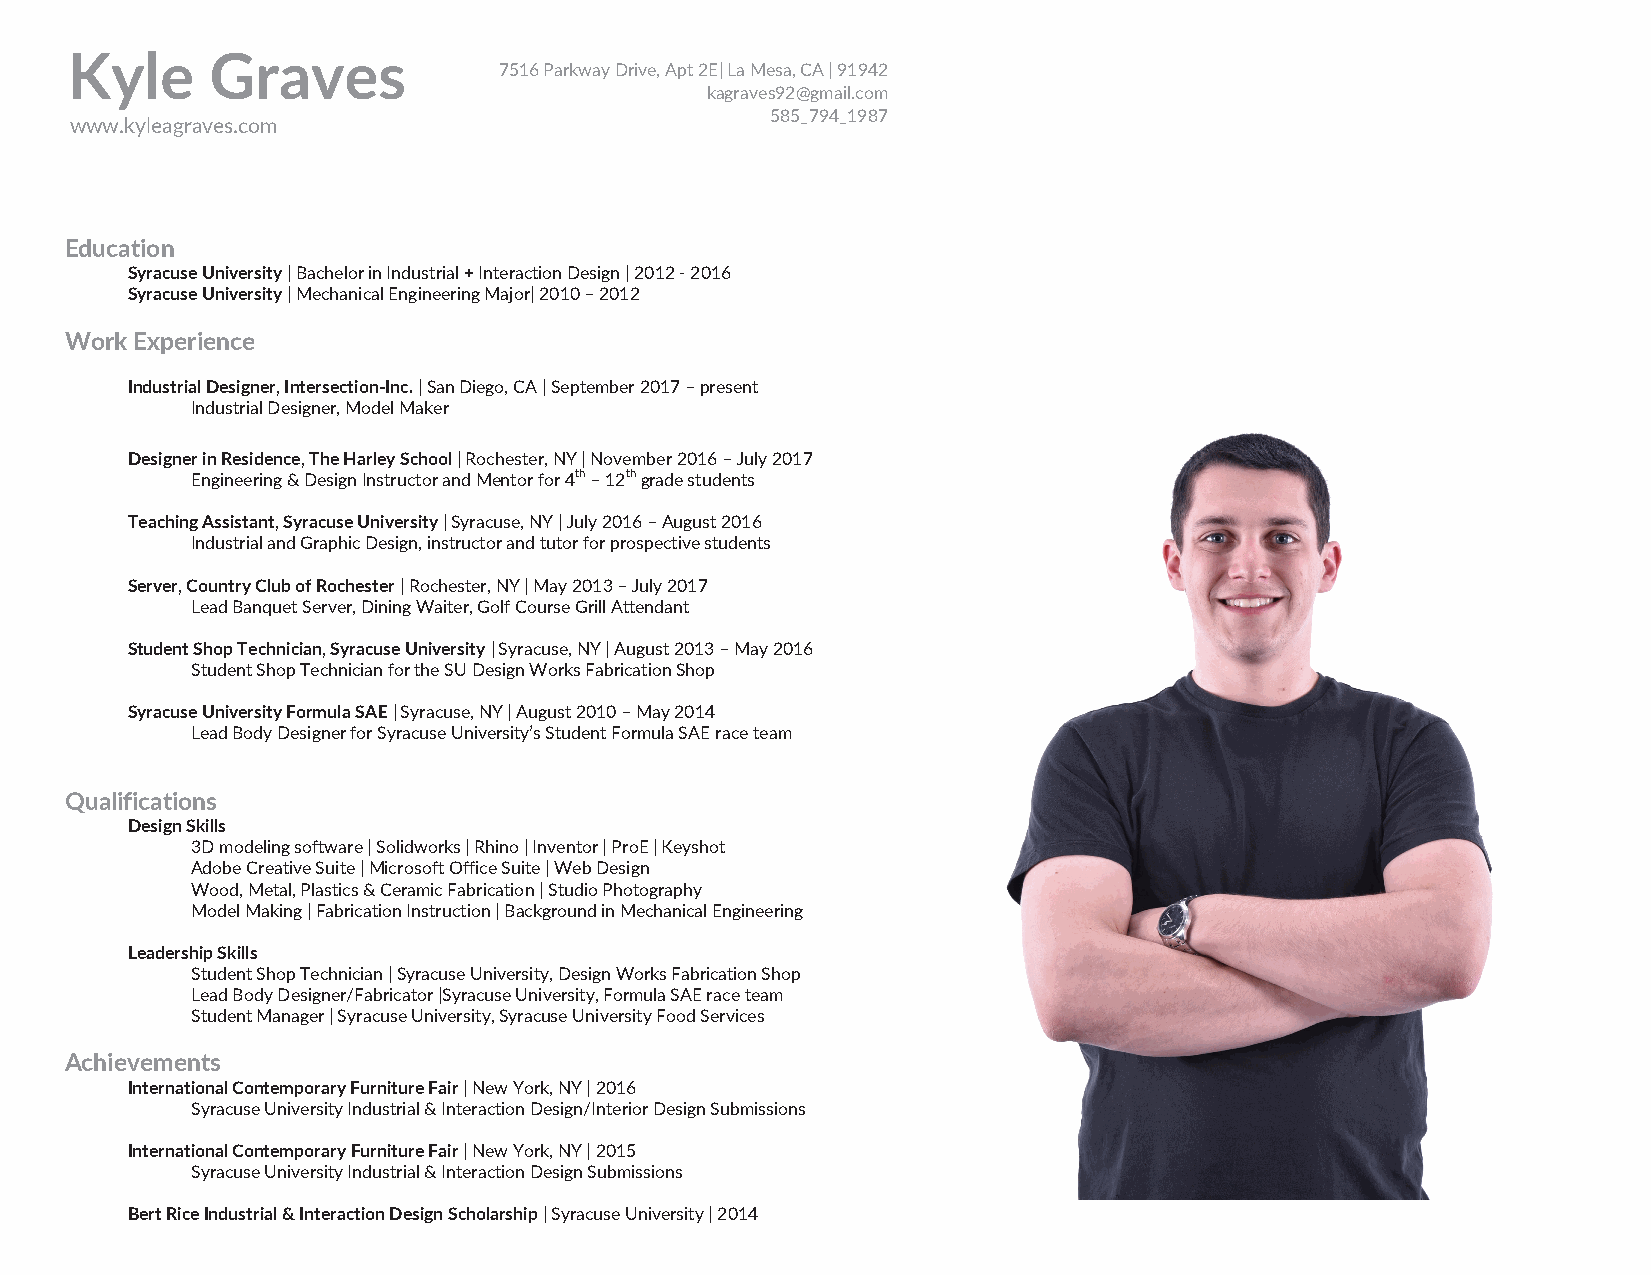
Kyle      Graves
 7516 Parkway Drive, Apt 2E| La Mesa, CA | 91942
 kagraves92@gmail.com
 585_794_1987
 www.kyleagraves.com
 Education
 Syracuse University | Bachelor in Industrial + Interaction Design | 2012 - 2016
 Syracuse University | Mechanical Engineering Major| 2010 – 2012
 Work Experience
 Industrial Designer, Intersection-Inc. | San Diego, CA | September 2017 – present
 Industrial Designer, Model Maker
 Designer in Residence, The Harley School | Rochester, NY | November 2016 – July 2017
 Engineering & Design Instructor and Mentor for 4th – 12th grade students
 Teaching Assistant, Syracuse University | Syracuse, NY | July 2016 – August 2016
 Industrial and Graphic Design, instructor and tutor for prospective students
 Server, Country Club of Rochester | Rochester, NY | May 2013 – July 2017
 Lead Banquet Server, Dining Waiter, Golf Course Grill Attendant
 Student Shop Technician, Syracuse University | Syracuse, NY | August 2013 – May 2016
 Student Shop Technician for the SU Design Works Fabrication Shop
 Syracuse University Formula SAE | Syracuse, NY | August 2010 – May 2014
 Lead Body Designer for Syracuse University’s Student Formula SAE race team
 Qualifications
 Design Skills
 3D modeling software | Solidworks | Rhino | Inventor | ProE | Keyshot
 Adobe Creative Suite | Microsoft Office Suite | Web Design
 Wood, Metal, Plastics & Ceramic Fabrication | Studio Photography
 Model Making | Fabrication Instruction | Background in Mechanical Engineering
 Leadership Skills
 Student Shop Technician | Syracuse University, Design Works Fabrication Shop
 Lead Body Designer/Fabricator |Syracuse University, Formula SAE race team
 Student Manager | Syracuse University, Syracuse University Food Services
 Achievements
 International Contemporary Furniture Fair | New York, NY | 2016
 Syracuse University Industrial & Interaction Design/Interior Design Submissions
 International Contemporary Furniture Fair | New York, NY | 2015
 Syracuse University Industrial & Interaction Design Submissions
 Bert Rice Industrial & Interaction Design Scholarship | Syracuse University | 2014